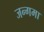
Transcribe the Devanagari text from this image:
जन्गमा